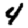
Digit: 4